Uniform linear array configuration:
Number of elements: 24
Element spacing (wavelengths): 0.5
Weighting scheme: uniform
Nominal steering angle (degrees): -15
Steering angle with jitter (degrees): -13.027
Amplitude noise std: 0.05
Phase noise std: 0.05

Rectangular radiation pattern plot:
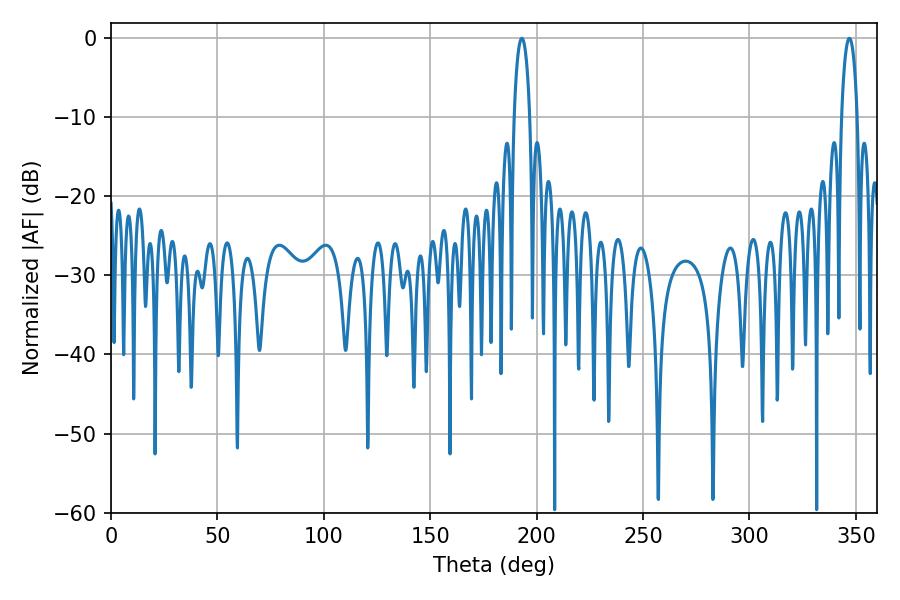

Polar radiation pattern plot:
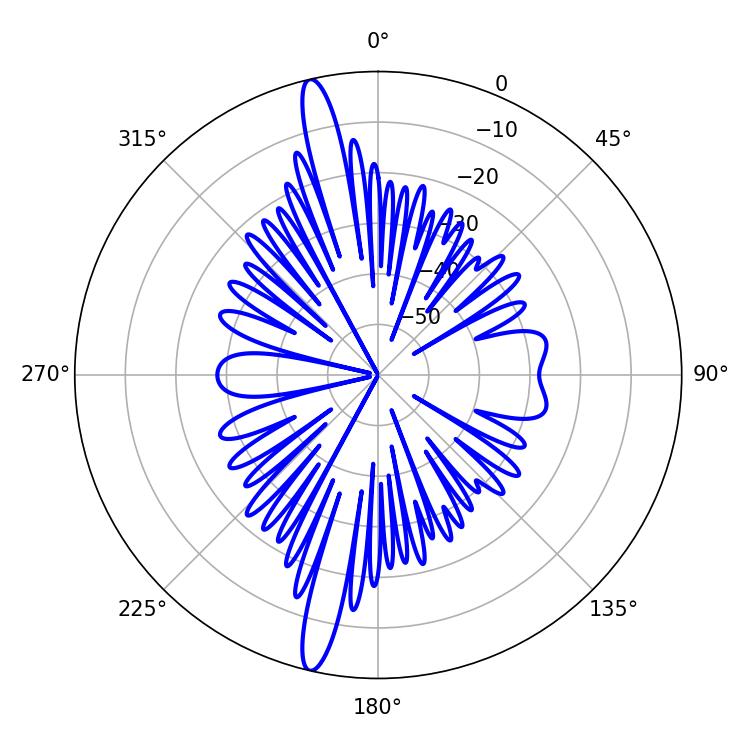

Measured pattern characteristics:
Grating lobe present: FALSE
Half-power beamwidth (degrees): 4.14
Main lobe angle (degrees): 192.96